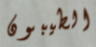
الطيبون